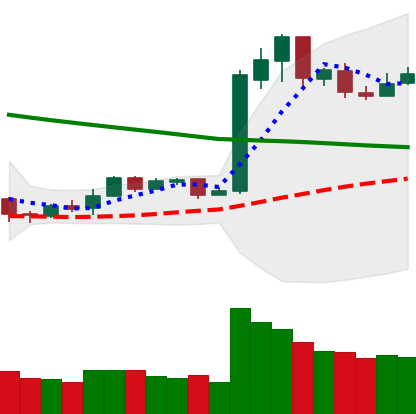
Ticker: LTC-USD
Chart end date: 2019-02-16
Forward return: 12.747%
Label: up_7plus